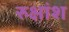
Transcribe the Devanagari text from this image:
रुक्षांश